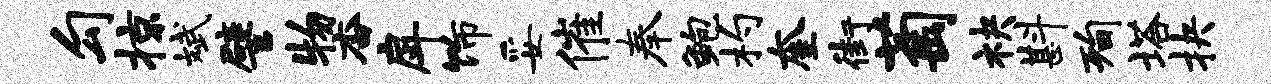
勾掠斌譬物杳戽饰妥催奉鲍杓奎街萄袂斟洵塔抉